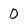
Character: O